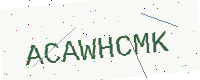
Text: ACAWHCMK